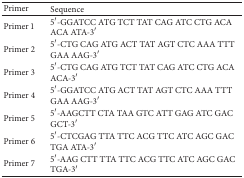
| Primer | Sequence |
 | --- | --- |
 | Primer 1 | 5′-GGATCC ATG TCT TAT CAG ATC CTG ACA ACA ATA-3′ |
 | Primer 2 | 5′-CTG CAG ATG ACT TAT AGT CTC AAA TTT GAA AAG-3′ |
 | Primer 3 | 5′-CTG CAG ATG TCT TAT CAG ATC CTG ACA ACA-3′ |
 | Primer 4 | 5′-GGATCC ATG ACT TAT AGT CTC AAA TTT GAA AAG-3′ |
 | Primer 5 | 5′-AAGCTT CTA TAA GTC ATT GAG ATC GAC GCT-3′ |
 | Primer 6 | 5′-CTCGAG TTA TTC ACG TTC ATC AGC GAC TGA ATA-3′ |
 | Primer 7 | 5′-AAG CTT TTA TTC ACG TTC ATC AGC GAC TGA-3′ |